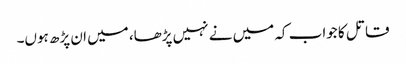
قاتل کا جواب کہ میں نے نہیں پڑھا، میں ان پڑھ ہوں۔